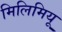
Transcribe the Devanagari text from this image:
मिलिमियू